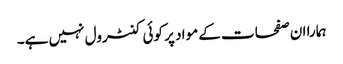
ہمارا ان صفحات کے مواد پر کوئی کنٹرول نہیں ہے۔